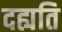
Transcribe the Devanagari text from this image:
दह्यति